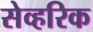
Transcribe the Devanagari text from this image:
सेव्हरिक